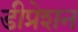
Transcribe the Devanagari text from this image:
डीप्रेशन